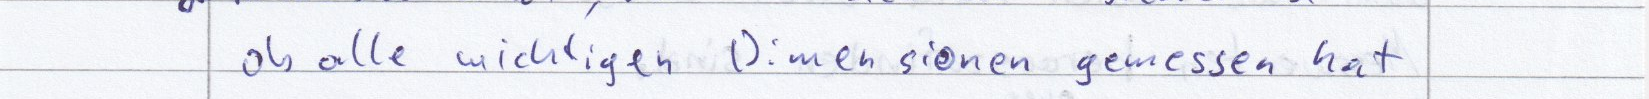
ob alle wichtigen Dimensionen gemessen hat